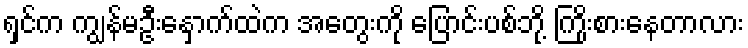
ရှင်က ကျွန်မဦးနှောက်ထဲက အတွေးကို ပြောင်းပစ်ဘို့ ကြိုးစားနေတာလား